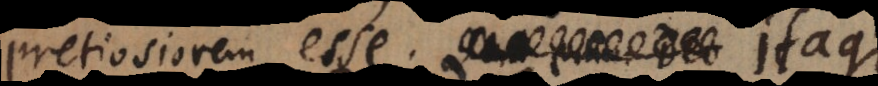
pretiosiorem esse. Itaque